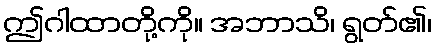
ဤဂါထာတို့ကို။ အဘာသိ၊ ရွတ်၏၊